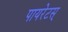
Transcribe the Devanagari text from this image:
पायरेटस्